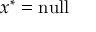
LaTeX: x ^ { * } = { \mathrm { n u l l } }